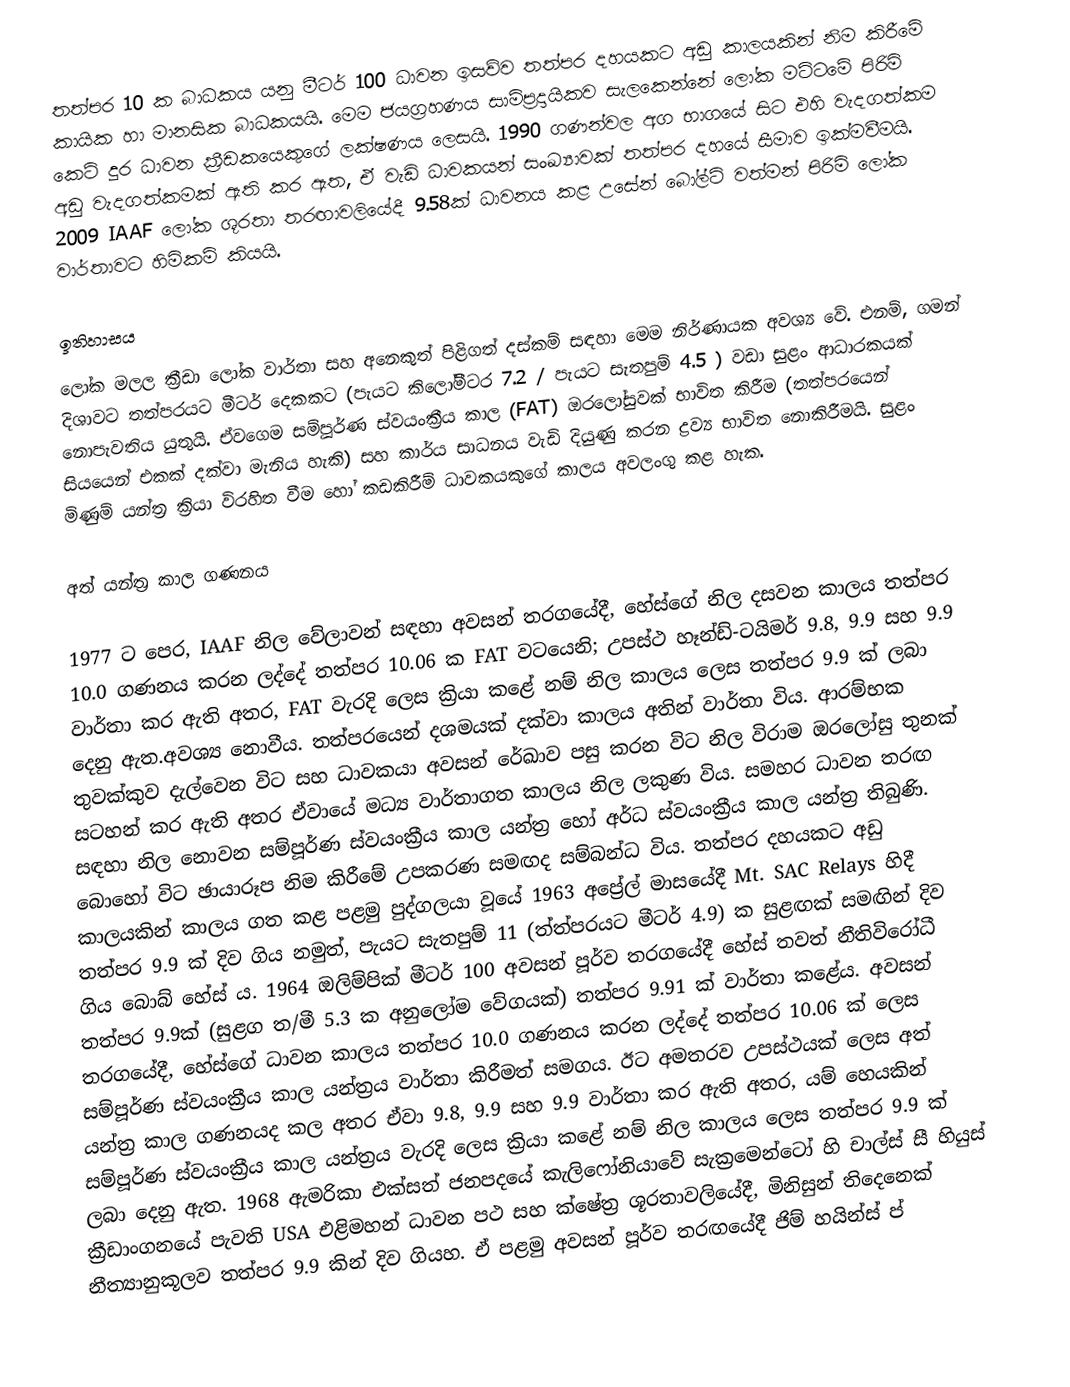
තත්පර 10 ක බාධකය යනු මීටර් 100 ධාවන ඉසව්ව තත්පර දහයකට අඩු කාලයකින් නිම කිරීමේ කායික හා මානසික බාධකයයි. මෙම ජයග්‍රහණය සාම්ප්‍රදායිකව සැලකෙන්නේ ලෝක මට්ටමේ පිරිමි කෙටි දුර ධාවන ක්‍රීඩකයෙකුගේ ලක්ෂණය ලෙසයි. 1990 ගණන්වල අග භාගයේ සිට එහි වැදගත්කම අඩු වැදගත්කමක් ඇති කර ඇත, ඒ වැඩි ධාවකයන් සංඛ්‍යාවක් තත්පර දහයේ සීමාව ඉක්මවීමයි. 2009 IAAF ලෝක ශූරතා තරඟාවලියේදී 9.58ක් ධාවනය කළ උසේන් බෝල්ට් වත්මන් පිරිමි ලෝක වාර්තාවට හිමිකම් කියයි.

ඉතිහාසය
ලෝක මලල ක්‍රීඩා ලෝක වාර්තා සහ අනෙකුත් පිළිගත් දස්කම් සඳහා මෙම නිර්ණායක අවශ්‍ය වේ. එනම්, ගමන් දිශාවට තත්පරයට මීටර් දෙකකට (පැයට කිලෝමීටර 7.2 / පැයට සැතපුම් 4.5 ) වඩා සුළං ආධාරකයක් නොපැවතිය යුතුයි. ඒවගෙම සම්පූර්ණ ස්වයංක්‍රීය කාල (FAT) ඔරලෝසුවක් භාවිත කිරීම (තත්පරයෙන් සියයෙන් එකක් දක්වා මැනිය හැකි) සහ කාර්ය සාධනය වැඩි දියුණු කරන ද්‍රව්‍ය භාවිත නොකිරීමයි. සුළං මිණුම් යන්ත්‍ර ක්‍රියා විරහිත වීම හෝ කඩකිරීම් ධාවකයකුගේ කාලය අවලංගු කළ හැක.

අත් යන්ත්‍ර කාල ගණනය

1977 ට පෙර, IAAF නිල වේලාවන් සඳහා අවසන් තරගයේදී, හේස්ගේ නිල දසවන කාලය තත්පර 10.0  ගණනය කරන ලද්දේ තත්පර 10.06 ක FAT වටයෙනි; උපස්ථ හෑන්ඩ්-ටයිමර් 9.8, 9.9 සහ 9.9 වාර්තා කර ඇති අතර, FAT වැරදි ලෙස ක්‍රියා කළේ නම් නිල කාලය ලෙස තත්පර 9.9 ක් ලබා දෙනු ඇත.අවශ්‍ය නොවීය. තත්පරයෙන් දශමයක් දක්වා කාලය අතින් වාර්තා විය. ආරම්භක තුවක්කුව දැල්වෙන විට සහ ධාවකයා අවසන් රේඛාව පසු කරන විට නිල විරාම ඔරලෝසු  තුනක් සටහන් කර ඇති අතර ඒවායේ මධ්‍ය වාර්තාගත කාලය නිල ලකුණ විය. සමහර ධාවන තරඟ සඳහා නිල නොවන සම්පූර්ණ ස්වයංක්‍රීය කාල යන්ත්‍ර හෝ අර්ධ ස්වයංක්‍රීය කාල යන්ත්‍ර තිබුණි. බොහෝ විට ඡායාරූප නිම කිරීමේ උපකරණ සමඟද සම්බන්ධ විය. තත්පර දහයකට අඩු කාලයකින් කාලය ගත කළ පළමු පුද්ගලයා වූයේ 1963 අප්‍රේල් මාසයේදී Mt. SAC Relays හිදී තත්පර 9.9 ක් දිව ගිය නමුත්, පැයට සැතපුම් 11  (ත්ත්පරයට මීටර් 4.9) ක සුළඟක් සමඟින් දිව ගිය බොබ් හේස් ය. 1964 ඔලිම්පික් මීටර් 100 අවසන් පූර්ව තරගයේදී හේස් තවත් නීතිවිරෝධී තත්පර 9.9ක් (සුළග ත/මී 5.3 ක අනුලෝම වේගයක්) තත්පර 9.91 ක් වාර්තා කළේය. අවසන් තරගයේදී, හේස්ගේ ධාවන කාලය තත්පර 10.0  ගණනය කරන ලද්දේ තත්පර 10.06 ක් ලෙස සම්පූර්ණ ස්වයංක්‍රීය කාල යන්ත්‍රය වාර්තා කිරීමත් සමගය. ඊට අමතරව උපස්ථයක් ලෙස අත් යන්ත්‍ර කාල ගණනයද කල අතර ඒවා 9.8, 9.9 සහ 9.9 වාර්තා කර ඇති අතර, යම් හෙයකින් සම්පූර්ණ ස්වයංක්‍රීය කාල යන්ත්‍රය වැරදි ලෙස ක්‍රියා කළේ නම් නිල කාලය ලෙස තත්පර 9.9 ක් ලබා දෙනු ඇත. 1968 ඇමරිකා එක්සත් ජනපදයේ කැලිෆෝනියාවේ සැක්‍රමෙන්ටෝ හි චාල්ස් සී හියුස් ක්‍රීඩාංගනයේ පැවති USA එළිමහන් ධාවන පථ සහ ක්ෂේත්‍ර ශූරතාවලියේදී, මිනිසුන් තිදෙනෙක් නීත්‍යානුකූලව තත්පර 9.9 කින් දිව ගියහ. ඒ පළමු අවසන් පූර්ව තරඟයේදී ජිම් හයින්ස් ප්